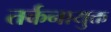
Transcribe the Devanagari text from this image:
तर्कनायुक्त